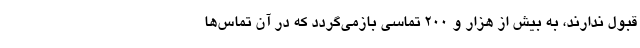
قبول ندارند، به بیش از هزار و ۲۰۰ تماسی بازمی‌گردد که در آن تماس‌ها